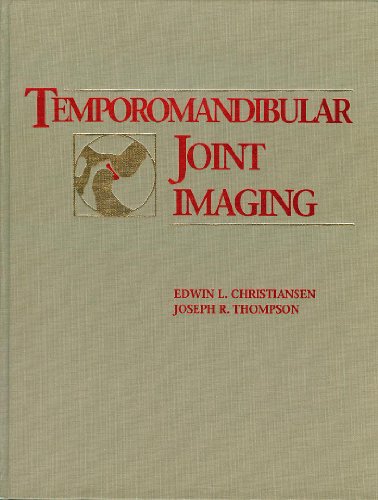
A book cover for Temporomandibular Joint Imaging; Edwin L. Christiansen; Medical Books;